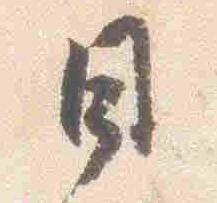
日